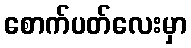
စောက်ပတ်လေးမှာ